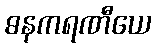
ဓနကရဏီယေ